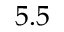
5 . 5